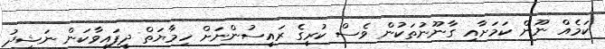
ކަމެއް ނޫން ކަމަށާއި ގާނޫނުތަކުން ވެސް ކުރީގެ ރައީސުންނަށް ހިމާޔަތް ދީފައިވާކަން ނަޝީދު